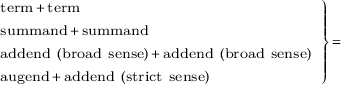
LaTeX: \scriptstyle \left. { \begin{array} { l } { \scriptstyle { \mathrm { t e r m } } \, + \, { \mathrm { t e r m } } } \\ { \scriptstyle { \mathrm { s u m m a n d } } \, + \, { \mathrm { s u m m a n d } } } \\ { \scriptstyle { \mathrm { a d d e n d ~ ( b r o a d ~ s e n s e ) } } \, + \, { \mathrm { a d d e n d ~ ( b r o a d ~ s e n s e ) } } } \\ { \scriptstyle { \mathrm { a u g e n d } } \, + \, { \mathrm { a d d e n d ~ ( s t r i c t ~ s e n s e ) } } } \end{array} } \right\} \, =